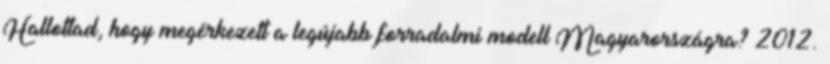
Hallottad, hogy megérkezett a legújabb forradalmi modell Magyarországra? 2012.